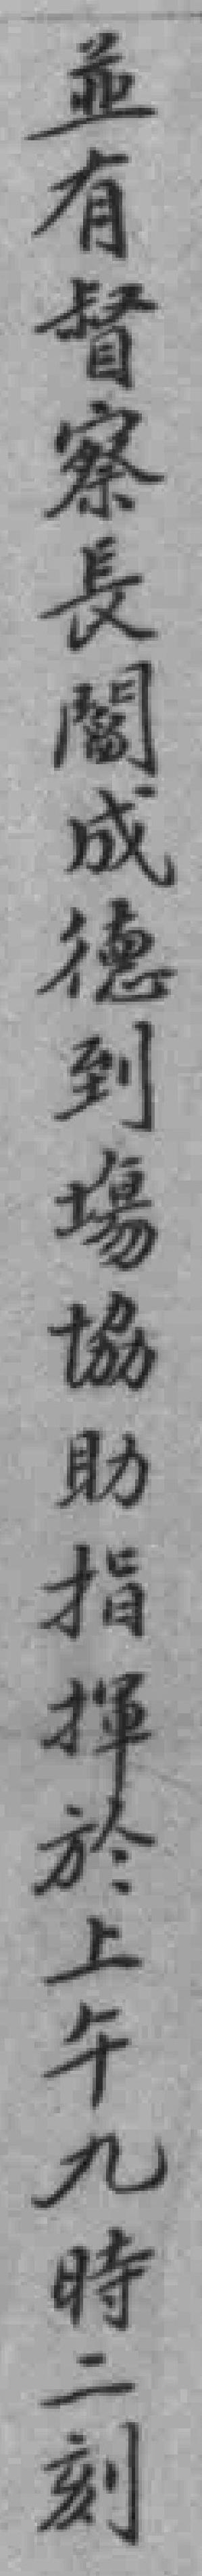
並有督察長閻成德到場協助指揮於上午九時二刻